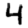
Digit: 4